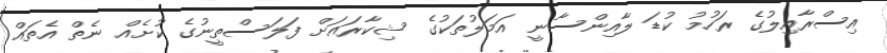
އިސްރާއިލުގެ ރަހުމު ކުޑަ ލާއިންސާނީ އަމަލުތަކުގެ ޝިކާރައަށް ފަލަސްތީނުގެ ކުށެއް ނެތް އެތައް